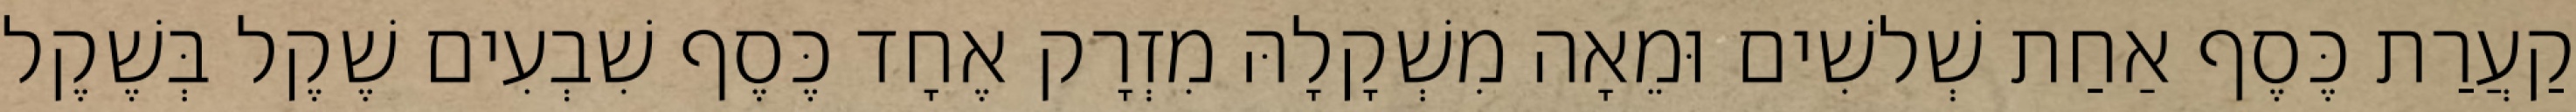
קַעֲרַת כֶּסֶף אַחַת שְׁלשִׁים וּמֵאָה מִשְׁקָלָהּ מִזְרָק אֶחָד כֶּסֶף שִׁבְעִים שֶׁקֶל בְּשֶׁקֶל